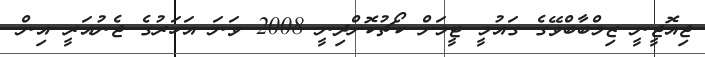
ޖިއޮޖީނީ ޒިމްބާބްވޭގެ ގައުމީ ޓީމަށް ކޯޗުކޮށްދިނީ 2008 ވަނަ އަހަރުގެ ޖެނުއަރީ އިން